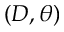
\left( D , \theta \right)